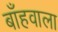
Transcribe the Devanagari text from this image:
बाँहवाला